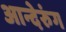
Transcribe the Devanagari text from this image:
आन्देरुंग